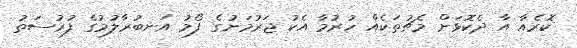
ކޮރެއާ އާ ދެކޮޅަށް މެޗުތަކެއް ހުރުމާ އެކު ޖަރުމަނުގެ ފޯމު އަނބުރާލުމުގެ ފުރުސަތު